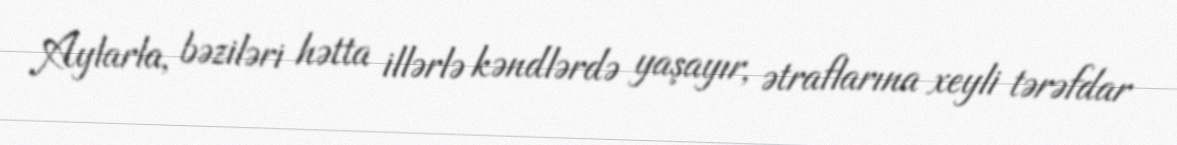
Aylarla, bəziləri hətta illərlə kəndlərdə yaşayır, ətraflarına xeyli tərəfdar